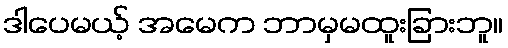
ဒါပေမယ့် အမေက ဘာမှမထူးခြားဘူ။